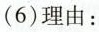
(6)理由：